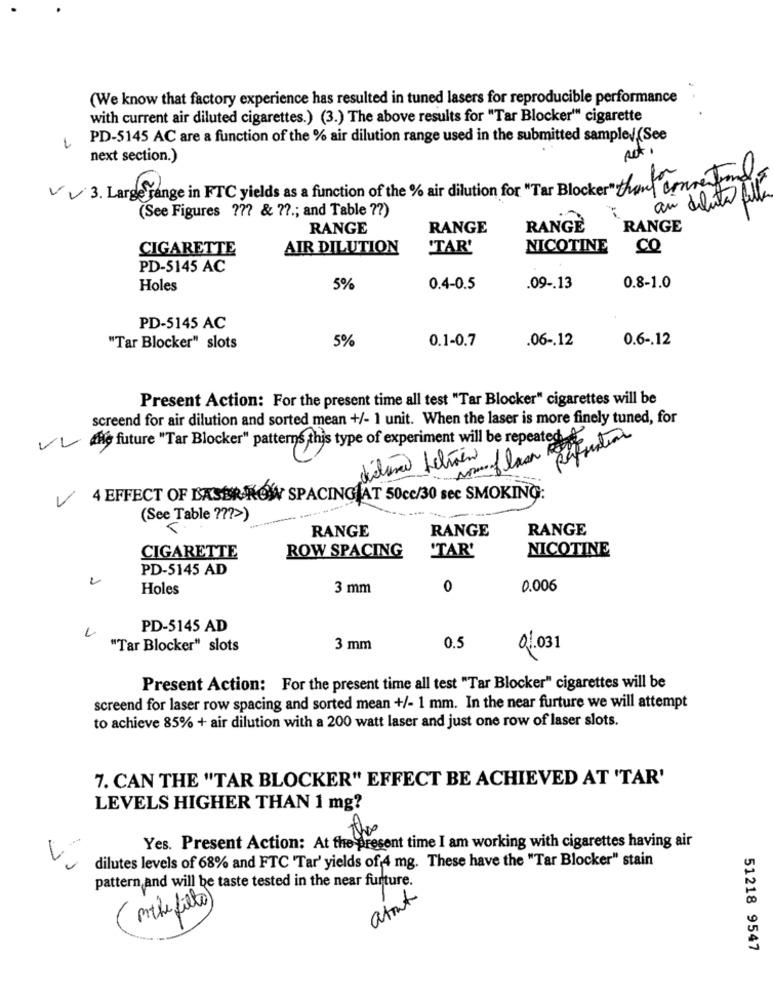
(We know that factory experience has resulted in tuned lasers for reproducible performance
with current air diluted cigarettes.) (3.) The above results for "Tar Blocker" cigarette
PD-5145 AC are a function of the % air dilution range used in the submitted sample/(See
1
next section.)
V V 3. Large range in FTC yields as a function of the % air dilution for "Tar Blocker" thank conneryand
an deluto fille
(See Figures ??? & ??.; and Table ?? )
RANGE
RANGE
RANGE
RANGE
CIGARETTE
AIR DILUTION
'TAR'
NICOTINE
CO
PD-5145 AC
Holes
5%
0.4-0.5
.09 -. 13
0.8-1.0
PD-5145 AC
5%
0.1-0.7
.06 -. 12
0.6 -. 12
"Tar Blocker" slots
Present Action: For the present time all test "Tar Blocker" cigarettes will be
screend for air dilution and sorted mean +/- 1 unit. When the laser is more finely tuned, for
V future "Tar Blocker" patterns this type of experiment will be repeated
dictar Lelien 1
4 EFFECT OF BASER ROW SPACINGJAT 50cc/30 sec SMOKING:
(See Table ??? >)
5
RANGE
RANGE
RANGE
ROW SPACING
"TAR'
NICOTINE
CIGARETTE
PD-5145 AD
Holes
3 mm
0
0.006
-
PD-5145 AD
"Tar Blocker" slots
3 mm
0.5
01.031
Present Action: For the present time all test "Tar Blocker" cigarettes will be
screend for laser row spacing and sorted mean +/- 1 mm. In the near furture we will attempt
to achieve 85% + air dilution with a 200 watt laser and just one row of laser slots.
7. CAN THE "TAR BLOCKER" EFFECT BE ACHIEVED AT 'TAR'
LEVELS HIGHER THAN 1 mg?
the
1
Yes. Present Action: At the present time I am working with cigarettes having air
dilutes levels of 68% and FTC 'Tar' yields of 4 mg. These have the "Tar Blocker" stain
pattern and will be taste tested in the near furture.
atout
nthe filto
51218 9547